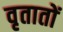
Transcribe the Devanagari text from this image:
वृतातों